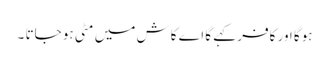
ہوگا اور کافر کہے گا اے کاش میں مٹی ہو جاتا ۔